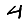
Digit: 4